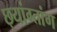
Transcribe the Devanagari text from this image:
छ्यांग्तांग